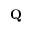
\textbf { Q }